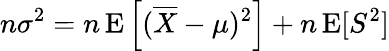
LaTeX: n\sigma^{2}=n\operatorname{E}\left[({\overline{{X}}}-\mu)^{2}\right]+n\operatorname{E}[S^{2}]